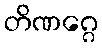
တိဏဂ္ဂေ